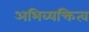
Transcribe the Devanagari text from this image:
अभिव्यक्तित्व